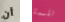
أن المسماة